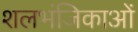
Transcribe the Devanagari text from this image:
शलभंजिकाओं